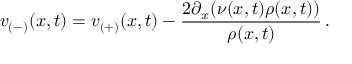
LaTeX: v _ { ( - ) } ( x , t ) = v _ { ( + ) } ( x , t ) - \frac { 2 \partial _ { x } ( \nu ( x , t ) \rho ( x , t ) ) } { \rho ( x , t ) } \, .